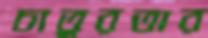
চাতুরতার